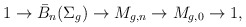
\begin{align*}1 \to \bar B_n(\Sigma_g) \to M_{g,n} \to M_{g,0} \to 1 ,\end{align*}